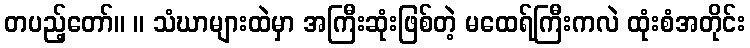
တပည့်တော်။ ။ သံဃာများထဲမှာ အကြီးဆုံးဖြစ်တဲ့ မထေရ်ကြီးကလဲ ထုံးစံအတိုင်း